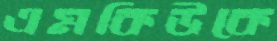
এমকিউকে